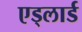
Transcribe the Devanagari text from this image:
एड्लार्ड